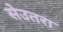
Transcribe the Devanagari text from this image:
सेउतरा